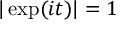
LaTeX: | \exp ( i t ) | = 1